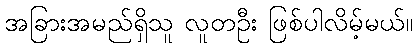
အခြားအမည်ရှိသူ လူတဦး ဖြစ်ပါလိမ့်မယ်။